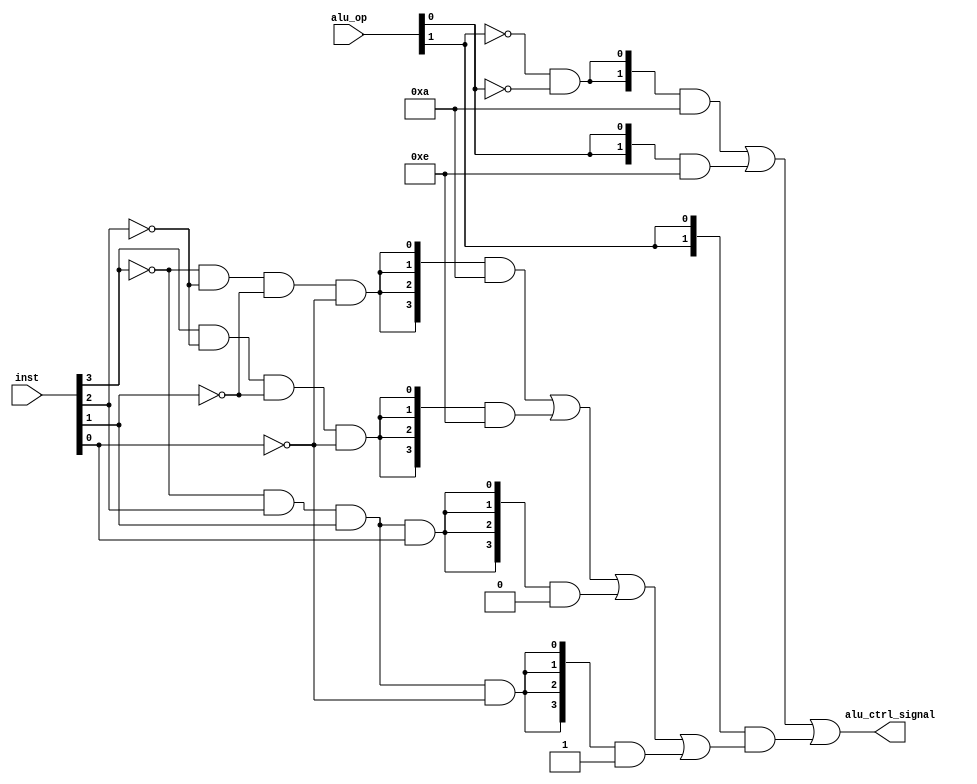
//////////////////////////////////////
//  LastEditTime: 2022-02-08 11:49:25
//  LastEditors: YiBo Zhang
//  Description: alu_control to control alu 
//  the output [3:0] alu_ctrl_signal is the alu input
//  
//////////////////////////////////////
module firebird_alu_ctrl (
  input [3:0] inst,
  input [1:0] alu_op,
  output [3:0] alu_ctrl_signal
);


//  from the instruction function field
wire func_30;
wire func_14;
wire func_13;
wire func_12;

assign func_30 = inst[3];
assign func_14 = inst[2];
assign func_13 = inst[1];
assign func_12 = inst[0];

// the r-type instruction alu_ctrl_signal result
wire [3:0]r_type_signal;
assign r_type_signal = ({4{~func_30 && ~func_14 && ~func_13 && ~func_12}} & 0010)       // add
                   | ({4{func_30 && ~func_14 && ~func_13 && ~func_12}} & 0110)       // subtract
                   | ({4{~func_30 && func_14 && func_13 && func_12}} & 0000)       // AND
                   | ({4{~func_30 && func_14 && func_13 && ~func_12}} & 0001);      // OR

// use aluop to generate alu_ctrl_signal
assign alu_ctrl_signal = ({2{~alu_op[1] && ~alu_op[0]}} & 0010)
                       | ({2{alu_op[0]}} & 0110)
                       | ({2{alu_op[1]}} & r_type_signal);

endmodule